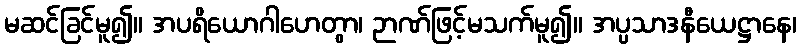
မဆင်ခြင်မူ၍။ အပရိယောဂါဟေတွာ၊ ဉာဏ်ဖြင့်မသက်မူ၍။ အပ္ပသာဒနီယေဋ္ဌာနေ၊